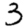
Digit: 3